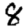
Digit: 8